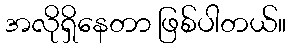
အလိုရှိနေတာ ဖြစ်ပါတယ်။